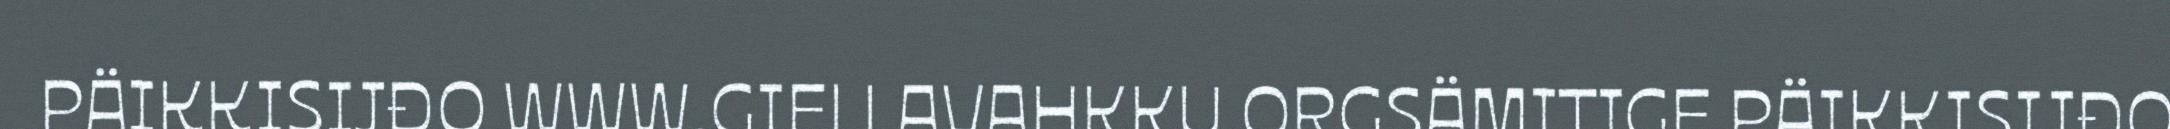
PÄIKKISIJĐO WWW.GIELLAVAHKKU.ORGSÄMITIGE PÄIKKISIJĐO